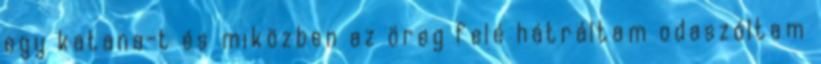
egy katana-t és miközben az öreg felé hátráltam odaszóltam